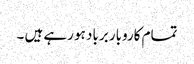
تمام کاروبار برباد ہو رہے ہیں ۔